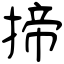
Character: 揥